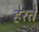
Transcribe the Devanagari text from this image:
हेरते